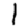
Digit: 1